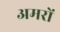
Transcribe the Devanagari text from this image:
अमरों